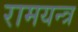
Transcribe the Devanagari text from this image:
रामयन्त्र